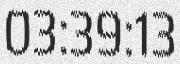
03:39:13